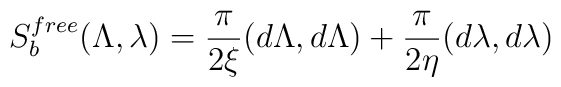
S^{free}_{b}(\Lambda,\lambda)={\pi\over 2\xi}(d\Lambda,d\Lambda) +{\pi\over 2\eta}(d\lambda,d\lambda)